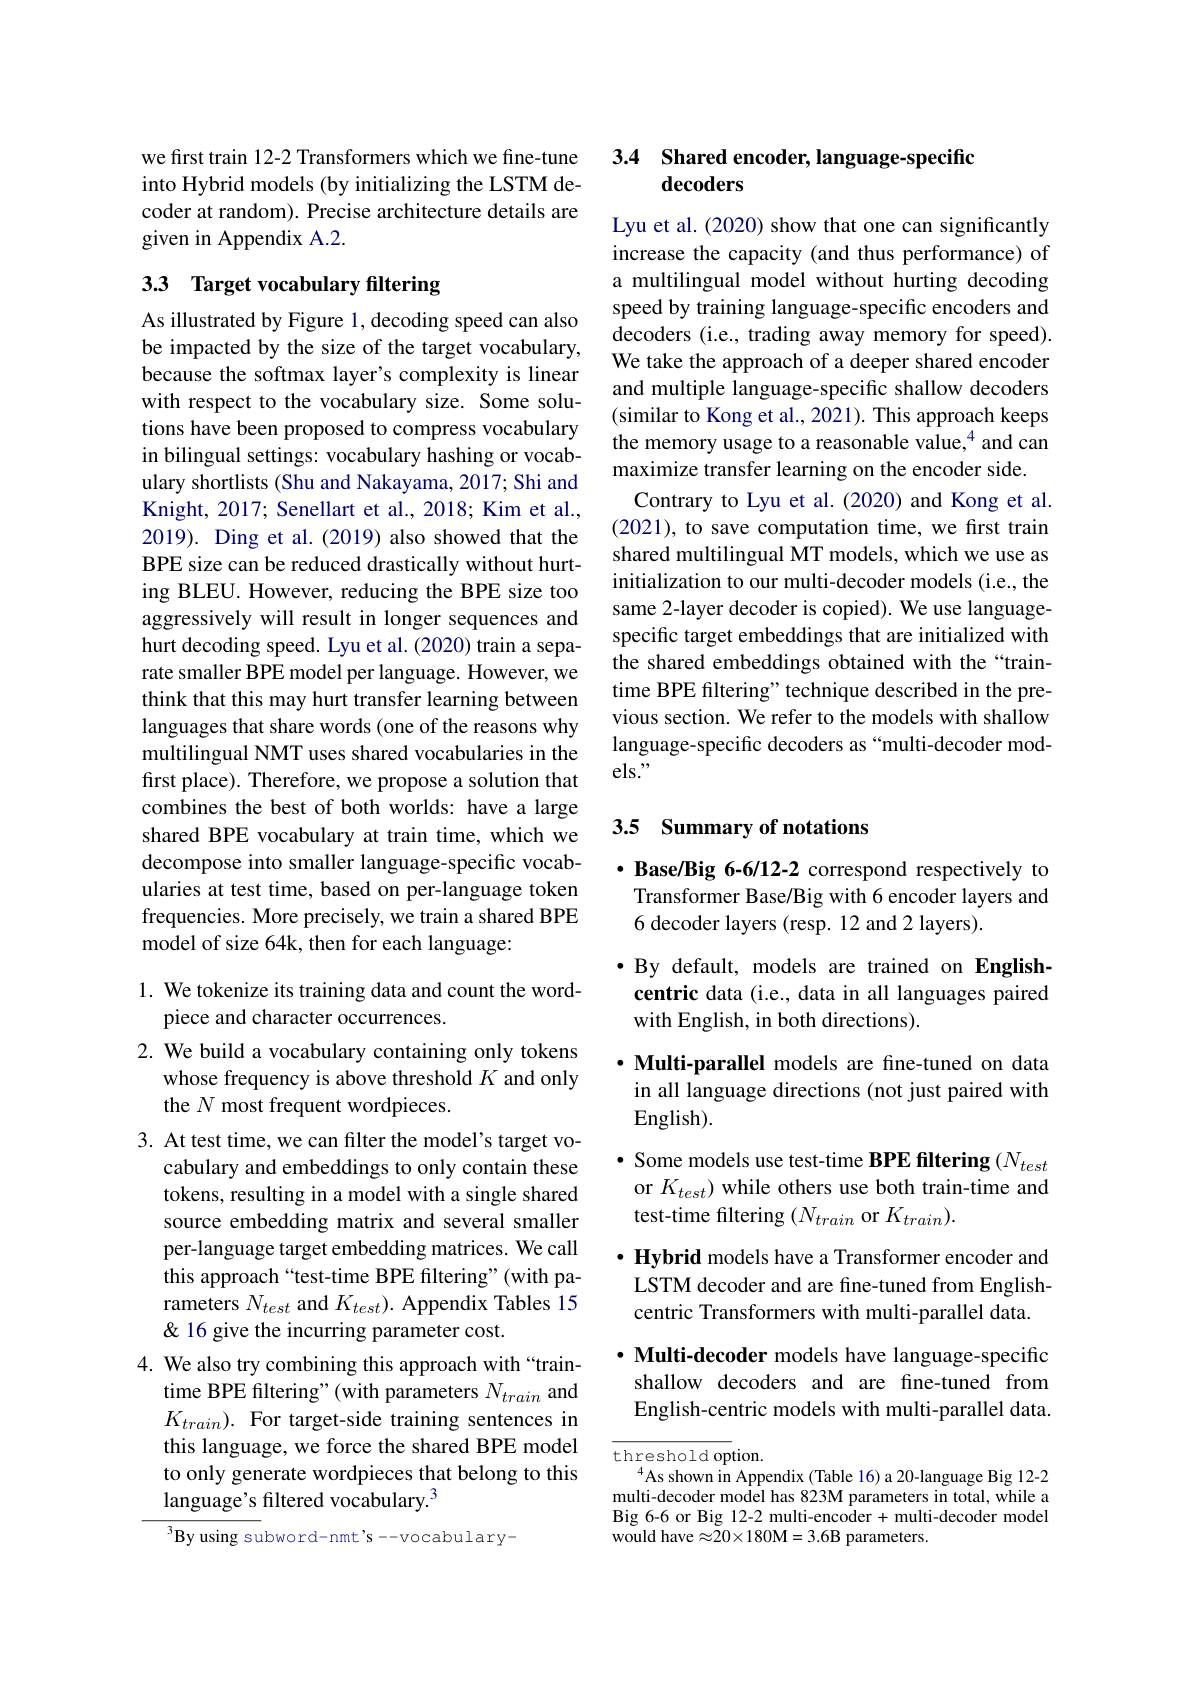
we first train 12-2 Transformers which we fine-tune into Hybrid models (by initializing the LSTM decoder at random). Precise architecture details are given in Appendix A.2.

## 3.3 Target vocabulary filtering

As illustrated by Figure 1, decoding speed can also be impacted by the size of the target vocabulary, because the softmax layer's complexity is linear with respect to the vocabulary size. Some solutions have been proposed to compress vocabulary in bilingual settings: vocabulary hashing or vocabulary shortlists (Shu and Nakayama, 2017; Shi and Knight, 2017; Senellart et al., 2018; Kim et al., 2019). Ding et al. (2019) also showed that the BPE size can be reduced drastically without hurting BLEU. However, reducing the BPE size too aggressively will result in longer sequences and hurt decoding speed. Lyu et al. (2020) train a separate smaller BPE model per language. However, we think that this may hurt transfer learning between languages that share words (one of the reasons why multilingual NMT uses shared vocabularies in the first place). Therefore, we propose a solution that combines the best of both worlds: have a large shared BPE vocabulary at train time, which we decompose into smaller language-specific vocabularies at test time, based on per-language token frequencies. More precisely, we train a shared BPE model of size 64k, then for each language:

1. We tokenize its training data and count the word-
## piece and character occurrences.
2. We build a vocabulary containing only tokens
whose frequency is above threshold $K$ and only
# the N most frequent wordpieces.

3. At test time, we can filter the model's target vo-
cabulary and embeddings to only contain these tokens, resulting in a model with a single shared source embedding matrix and several smaller per-language target embedding matrices. We call this approach“test-time BPE filtering”(with parameters $N_{test}$ and $K_{test}).$ Appendix Tables 15 & 16 give the incurring parameter cost.
4. We also try combining this approach with “train-
time BPE filtering" (with parameters $N_train$ and $K_{train}).$ For target-side training sentences in this language, we force the shared BPE model to only generate wordpieces that belong to this language's filtered vocabulary.$^{3}$

$^3$By using subword-nmt's-vocabulary-

# 3.4 Shared encoder, language-specific decoders

Lyu et al. (2020) show that one can significantly increase the capacity (and thus performance) of a multilingual model without hurting decoding speed by training language-specific encoders and decoders (i.e., trading away memory for speed). We take the approach of a deeper shared encoder and multiple language-specific shallow decoders (similar to Kong et al., 2021). This approach keeps the memory usage to a reasonable value,$^{4}$ and can maximize transfer learning on the encoder side.
Contrary to Lyu et al.(2020) and Kong et al. (2021), to save computation time, we first train shared multilingual MT models, which we use as initialization to our multi-decoder models (i.e., the same 2-layer decoder is copied). We use languagespecific target embeddings that are initialized with the shared embeddings obtained with the“traintime BPE filtering" technique described in the previous section. We refer to the models with shallow language-specific decoders as“multi-decoder models."

## 3.5 Summary of notations

· Base/Big 6-6/12-2 correspond respectively to
Transformer Base/Big with 6 encoder layers and
6 decoder layers (resp. 12 and 2 layers).

$\bullet$ By default, models are trained on Englishcentric data (i.e., data in all languages paired with English, in both directions).

·Multi-parallel models are fine-tuned on data in all language directions (not just paired with English).
· Some models use test-time BPE filtering $(N_{test}$ or $K_{test}$) while others use both train-time and test-time filtering $(N_{train}$ or $K_{train}).$
$\cdot \textbf{ Hybrid models have a Transformer encoder and}$ LSTM decoder and are fine-tuned from Englishcentric Transformers with multi-parallel data.
$\cdot$ Multi-decoder models have language-specific

shallow decoders and are fine-tuned from English-centric models with multi-parallel data.

$\mathop{\mathrm{threshold~option.}}$
$^{4}$As shown in Appendix (Table 16) a 20-language Big 12-2 multi-decoder model has 823M parameters in total, while a Big 6-6 or Big 12-2 multi-encoder + multi-decoder model ${\mathrm{would~have\approx20\times180M=3.6B~parameters.}}$